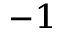
^ { - 1 }